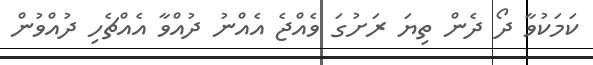
ކަމަކުވާ ދޯ ދެން ތިޔަ ރަށުގަ ވެއްޖެ އެއްނު ދުއްވާ އެއްޗެހި ދުއްވުން